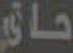
حات